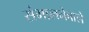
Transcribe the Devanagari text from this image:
संभालनेवाले